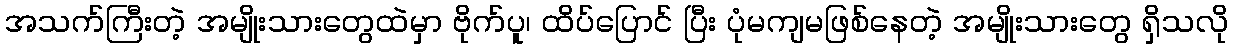
အသက်ကြီးတဲ့ အမျိုးသားတွေထဲမှာ ဗိုက်ပူ၊ ထိပ်ပြောင် ပြီး ပုံမကျမဖြစ်နေတဲ့ အမျိုးသားတွေ ရှိသလို